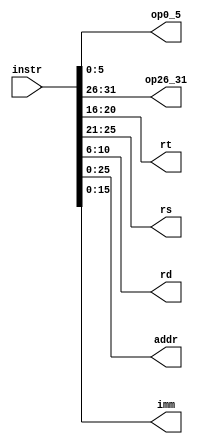
`timescale 1ns / 1ps
//////////////////////////////////////////////////////////////////////////////////
// Company: 
// Engineer: 
// 
// Design Name: 
// Module Name: Instr_Splitter
// Project Name: 
// Target Devices: 
// Tool Versions: 
// Description: 
// 
// Dependencies: 
// 
// Revision:
// Revision 0.01 - File Created
// Additional Comments:
// 
//////////////////////////////////////////////////////////////////////////////////


module Instr_Splitter(
        input [31:0] instr,
        output [5:0] op0_5,
        output [5:0] op26_31,
        output [4:0] rt,
        output [4:0] rs,
        output [4:0] rd,
        output [25:0] addr,
        output [15:0] imm   
    );
    
    assign op0_5 = instr[5:0];
    assign op26_31 = instr[31:26];
    assign rs = instr[25:21];
    assign rt = instr[20:16];
    assign rd = instr[10:6];
    assign addr = instr[25:0];
    assign imm = instr[15:0];
endmodule